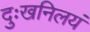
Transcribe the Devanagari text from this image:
दुःखनिलयं